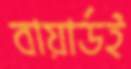
বায়ার্ডই